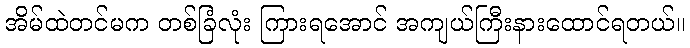
အိမ်ထဲတင်မက တစ်ခြံလုံး ကြားရအောင် အကျယ်ကြီးနားထောင်ရတယ်။